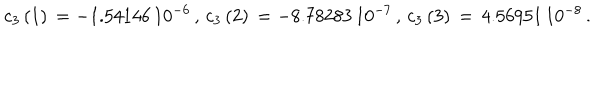
LaTeX: c _ { 3 } \left( 1 \right) \, = - 1 . 5 4 1 4 6 \, 1 0 ^ { - 6 } \, , \, c _ { 3 } \left( 2 \right) \, = - 8 . 7 8 2 8 3 \, 1 0 ^ { - 7 } \, , \, c _ { 3 } \left( 3 \right) \, = \, 4 . 5 6 9 5 1 \, 1 0 ^ { - 8 } \, .